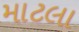
માટલા